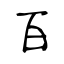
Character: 百